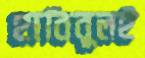
হাবিবুলই